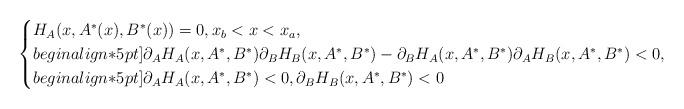
LaTeX: \begin{align*} \begin{cases}H_A(x,A^*(x),B^*(x))=0, x_b < x < x_a, \\begin{align*}5pt] \partial_AH_A(x,A^*,B^*) \partial_BH_B(x,A^*,B^*)- \partial_BH_A(x,A^*,B^*) \partial_AH_B(x,A^*,B^*) < 0 , \\begin{align*}5pt] \partial_AH_A(x,A^*,B^*)<0,\partial_BH_B(x,A^*,B^*)<0 \end{cases} \end{align*}